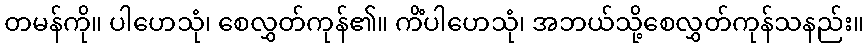
တမန်ကို။ ပါဟေသုံ၊ စေလွှတ်ကုန်၏။ ကိံပါဟေသုံ၊ အဘယ်သို့စေလွှတ်ကုန်သနည်း။